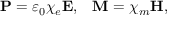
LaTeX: \mathbf { P } = \varepsilon _ { 0 } \chi _ { e } \mathbf { E } , \; \; \; \mathbf { M } = \chi _ { m } \mathbf { H } ,